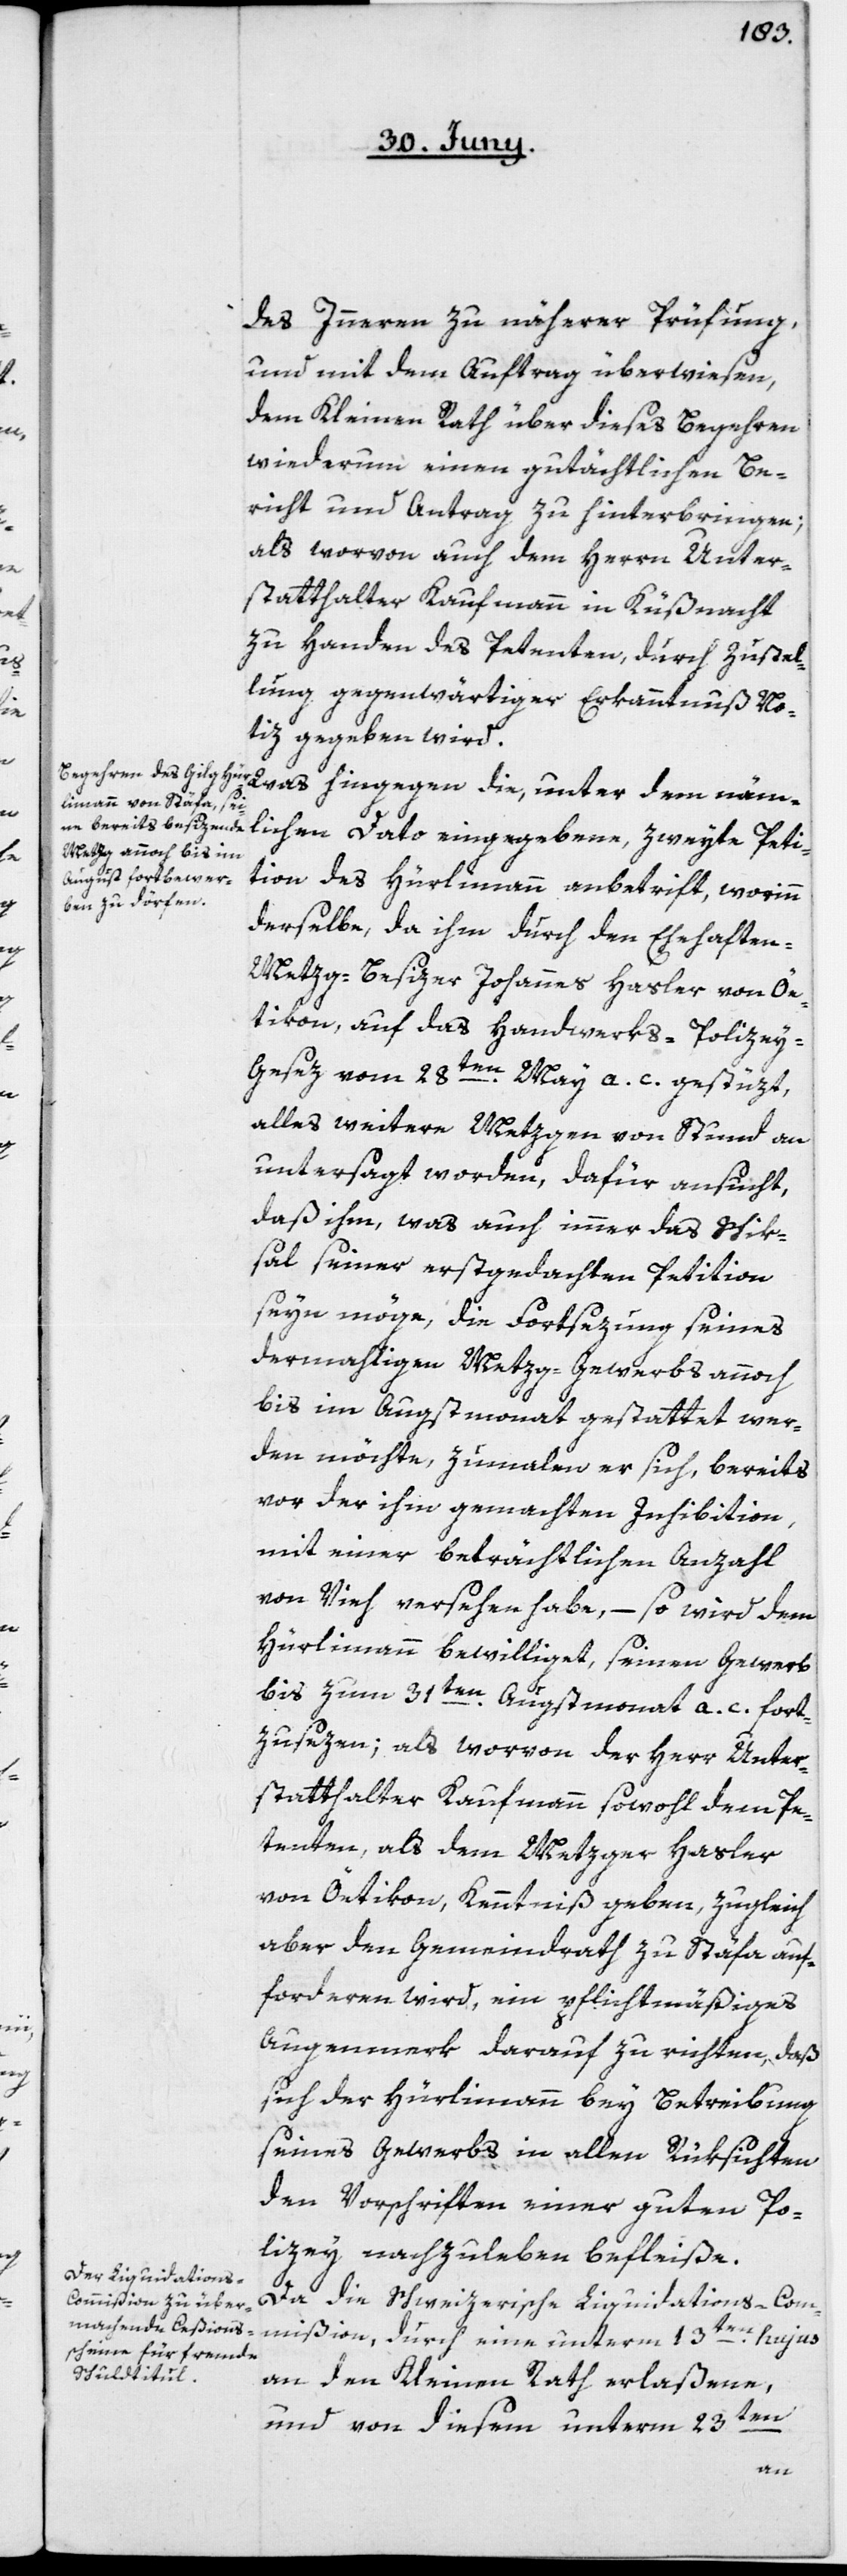
des Innern zu näherer Prüfung,
und mit dem Auftrag überwiesen,
dem Kleinen Rath über dieses Begehren
wiederum einen gutächtlichen Be¬
richt und Antrag zu hinterbringen;
als worvon auch dem Herrn Unter¬
statthalter Kaufmann in Küßnacht
zu Handen des Petenten, durch Zustel¬
lung gegenwärtiger Erkanntnuß No¬
tiz gegeben wird.
Was hingegen die, unter dem näm¬
lichen Dato eingegebene, zweyte Peti¬
tion des Hürlimann anbetrift, worinn
derselbe, da ihm durch den Ehehaften
Metzg-Besizer Johannes Hasler von Öe¬
tikon, auf das Handwerks-Polize¬
y-Gesez vom 28ten May a. c. gestüzt,
alles weitere Metzgen von Stund an
untersagt worden, dafür ansucht,
daß ihm, was auch immer das Schik¬
sal seiner erstgedachten Petition
seyn möge, die Fortsezung seines
dermahligen Metzg-Gewerbs annoch
bis im Augstmonat gestattet wer¬
den möchte, zumalen er sich, bereits
vor der ihm gemachten Inhibition,
mit einer beträchtlichen Anzahl
von Vieh versehen habe, – so wird dem
Hürlimann bewilliget, seinen Gewerb
bis zum 31ten Augstmonat a. c. fort¬
zusezen; als worvon der Herr Unter¬
statthalter Kaufmann sowohl dem Pe¬
tenten, als dem Metzger Hasler
von Öetikon, Kenntniß geben, zugleich
aber den Gemeindrath zu Stäfa auf¬
forderen wird, ein pflichtmäßiges
Augenmerk darauf zu richten, daß
sich der Hürlimann bey Betreibung
seines Gewerbs in allen Rüksichten
den Vorschriften einer guten Po¬
lizey nachzuleben befleiße.
Da die Schweizerische Liquidations-Com¬
mißion, durch eine unterm 13ten hujus
an den Kleinen Rath erlaßene,
und von diesem unterm 23t¬
en